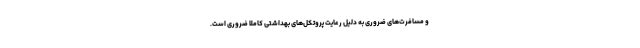
و مسافرت‌های ضروری به دلیل رعایت پروتکل‌های بهداشتی کاملا ضروری است.